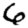
Digit: 6